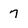
Character: 7